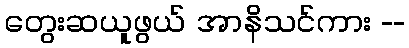
တွေးဆယူဖွယ် အာနိသင်ကား --